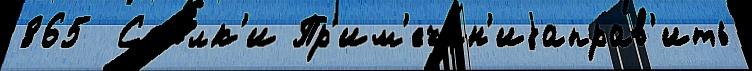
865  Ссы́лк'и Пр'им'ечан'иjаправ'ить